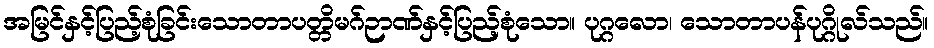
အမြင်နှင့်ပြည့်စုံခြင်းသောတာပတ္တိမဂ်ဉာဏ်နှင့်ပြည့်စုံသော။ ပုဂ္ဂလော၊ သောတာပန်ပုဂ္ဂိုလ်သည်။